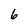
Character: 6